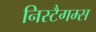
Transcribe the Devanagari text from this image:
निस्टैगम्स